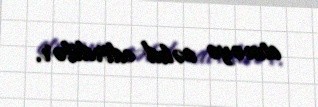
etməyə cəhd edirdilər.